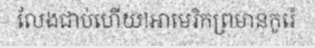
លែងជាប់ហើយ!អាមេរិកព្រមានកូរ៉េ